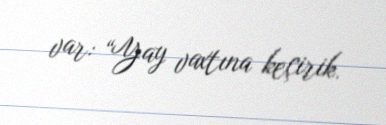
var: “Yay vaxtına keçirik.